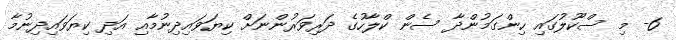
6- މި ސްކޫލުގައި ހިންގަމުންދާ ސެން ކްލާހުގެ ދަރިވަރުންނަށް ކިޔަވައިދިނުމާއި އަދި ކިޔަވައިދިނުމާ